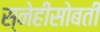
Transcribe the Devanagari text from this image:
स्नेहीसोबती